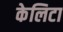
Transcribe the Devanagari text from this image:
केलिटा